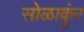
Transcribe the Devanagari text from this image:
सोळाकुंर